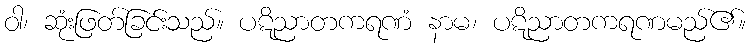
ဝါ၊ ဆုံးဖြတ်ခြင်းသည်။ ပဋိညာတကရဏံ နာမ၊ ပဋိညာတကရဏမည်၏။